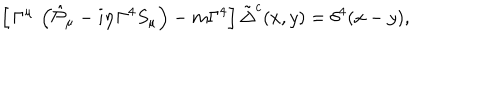
\left[ \, \Gamma ^ { \mu } \, \left( \hat { { \cal P } } _ { \mu } - i \eta \, \Gamma ^ { 4 } S _ { \mu } \right) - m \Gamma ^ { 4 } \right] \tilde { \Delta } ^ { c } ( x , y ) = \delta ^ { 4 } ( x - y ) ,